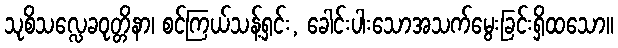
သုစိသလ္လေခဝုတ္တိနာ၊ စင်ကြယ်သန့်ရှင်း, ခေါင်းပါးသောအသက်မွေးခြင်းရှိထသော။